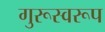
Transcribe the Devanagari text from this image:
गुरूस्वरूप